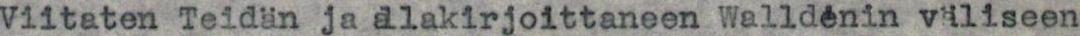
Viitaten Teidän ja allakirjoittaneen Walldénin väliseen